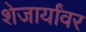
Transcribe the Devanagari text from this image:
शेजार्यांवर